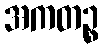
အကတဉ္စ